Reports on dispensaries and lunatic asylums in the Province of Oudh - 1869-1876
Year: 1869
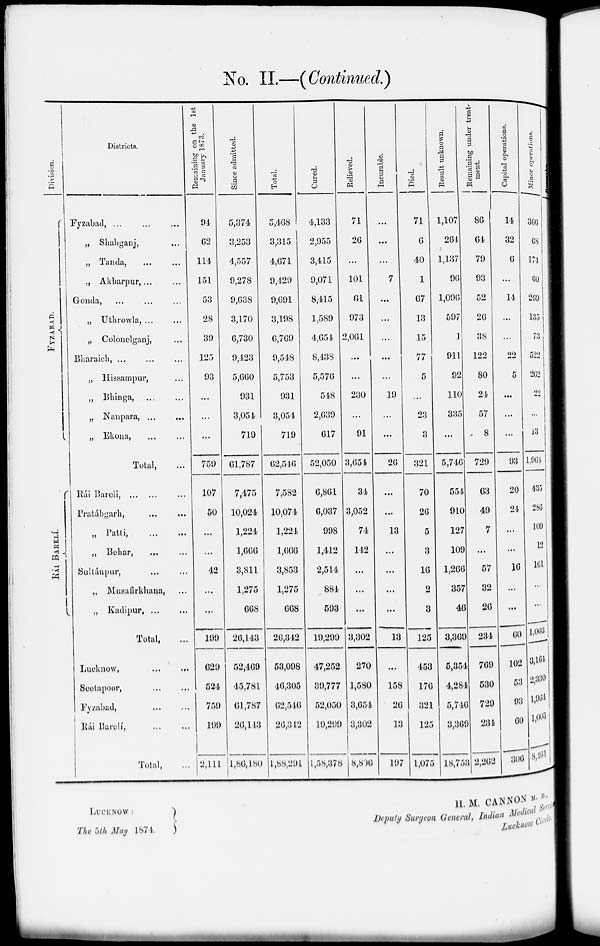
No. II.—(Continued.)
Division.
F YZABAD.
RÁI BARELÍ.
Districts.
Fyzabad,
...
...
...
„ Shahganj,
„ Tanda,
„ Akbarpur,...
Gonda, ... ... ...
„ Uthrowla, ... ...
„ Colonelganj, ...
Bharaich, ...
„ Hissampur, ...
„ Bhinga, ... ...
„ Nanpara,
...
...
„ Ekona, ... ...
Total,
Rái Barelí,
Pralábgarh,
„
Patti,
...
...
„ Behar,
...
...
Sultánpur, ... ...
„ Musafirkhana, ...
„ Kadipur, ...
Total, ...
Lucknow, ... ...
Seetapoor, ... ...
Fyzabad, ... ...
Rai Barelí, ... ...
Total, ...
Remaining
on the 1st
January 1873.
94
62
114
151
53
28
39
125
93
...
...
...
759
107
50
...
...
42
...
...
199
629
524
759
199
2,111
Since admitted.
5,374
3,253
4,557
9,278
9,638
3,170
6,730
9,423
5,660
931
3,054
719
61,787
7,475
10,024
1,224
1,666
3,811
1,275
668
26,143
52,469
45,781
6l,787
26,113
1,86,180
Total.
5,468
3,315
4,671
9,429
9,691
3,198
6,769
9,548
5,753
931
3,054
719
62,546
7,582
10,074
1,224
1,666
3,853
1,275
668
26,342
53,098
40,305
62,546
26,312
1,88,291
Cured.
4,133
2,955
3,415
9,071
8,415
1,589
4,654
8,138
5,576
548
2,639
617
52,050
6,801
6,037
998
1,412
2,514
884
593
19,299
47,252
39,777
52,050
19,299
1,58,378
Relieved.
71
26
...
101
61
973
2,061
...
...
230
...
91
3,654
34
3,052
74
112
...
...
...
3,302
270
1,580
3,654
3,302
8,806
Incurable.
...
...
...
7
...
...
...
...
...
19
...
...
20
...
...
13
...
...
...
...
13
...
158
26
13
197
Died.
71
6
40
1
67
13
15
77
5
...
23
3
321
70
26
5
3
16
2
3
125
453
176
321
125
1,075
Result unknown.
1,107
264
1,137
96
1,096
597
1
911
92
110
335
...
5,746
554
910
127
109
1,266
357
46
3,369
5,354
4,284
5,746
3,369
18,753
Remaining under treat-
ment.
86
64
79
93
52
26
38
122
80
24
57
8
729
63
49
7
...
57
32
26
234
769
530
729
234
2,262
Capital
operations.
14
32
6
...
14
...
22
5
...
...
...
93
20
24
...
...
16
...
...
60
102
53
93
60
306
Minor operations.
366
68
174
60
269
135
73
522
262
22
...
13
1,964
435
286
109
12
161
...
...
1,003
3,164
2,330
l,964
1,003
8,161
LUCKNOW :
The 5th May 1874.
H. M. CANNON M.B.
Deputy Surgeon General, Indian Medical Service.
Lucknow Circle.